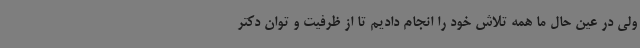
ولی در عین حال ما همه تلاش خود را انجام دادیم تا از ظرفیت و توان دکتر